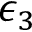
\epsilon _ { 3 }